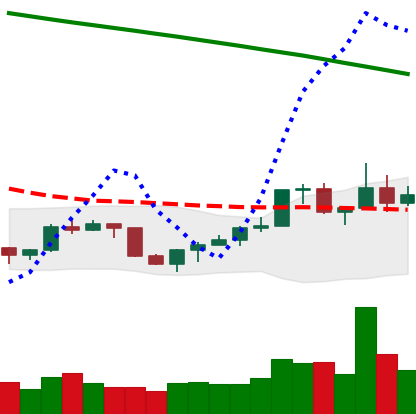
Ticker: NEO-USD
Chart end date: 2022-07-24
Forward return: 10.096%
Label: up_7plus